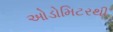
ઓડોમિટરથી